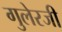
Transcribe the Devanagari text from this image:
गुलेरजी